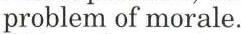
problem of morale.